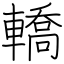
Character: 轎